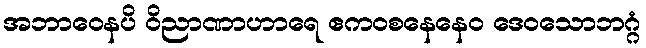
အဘာဝေနပိ ဝိညာဏာဟာရေ ဧကဝစနေနေဝ ဒေဝသောဘဂ္ဂံ